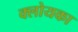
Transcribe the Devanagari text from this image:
क्लोयका